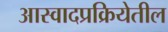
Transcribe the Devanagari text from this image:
आस्वादप्रक्रियेतील